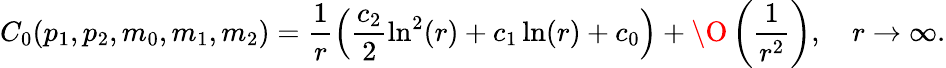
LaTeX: C_{0}(p_{1},p_{2},m_{0},m_{1},m_{2})=\frac 1r\left(\frac{c_{2}}2\ln^{2}(r)+c_{1}\ln(r)+c_{0}\right)+\O\left(\frac 1{r^{2}}\right),\quad r\rightarrow\infty.